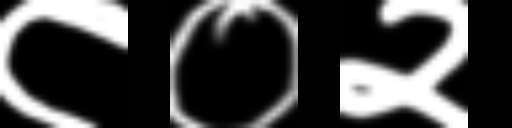
Text: ८०२